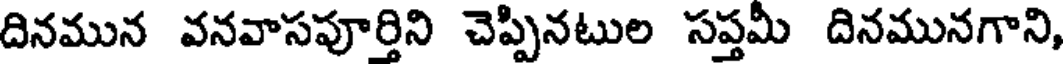
దినమున వనవాసపూర్తిని చెప్పినటుల సప్తమీ దినమునగాని,